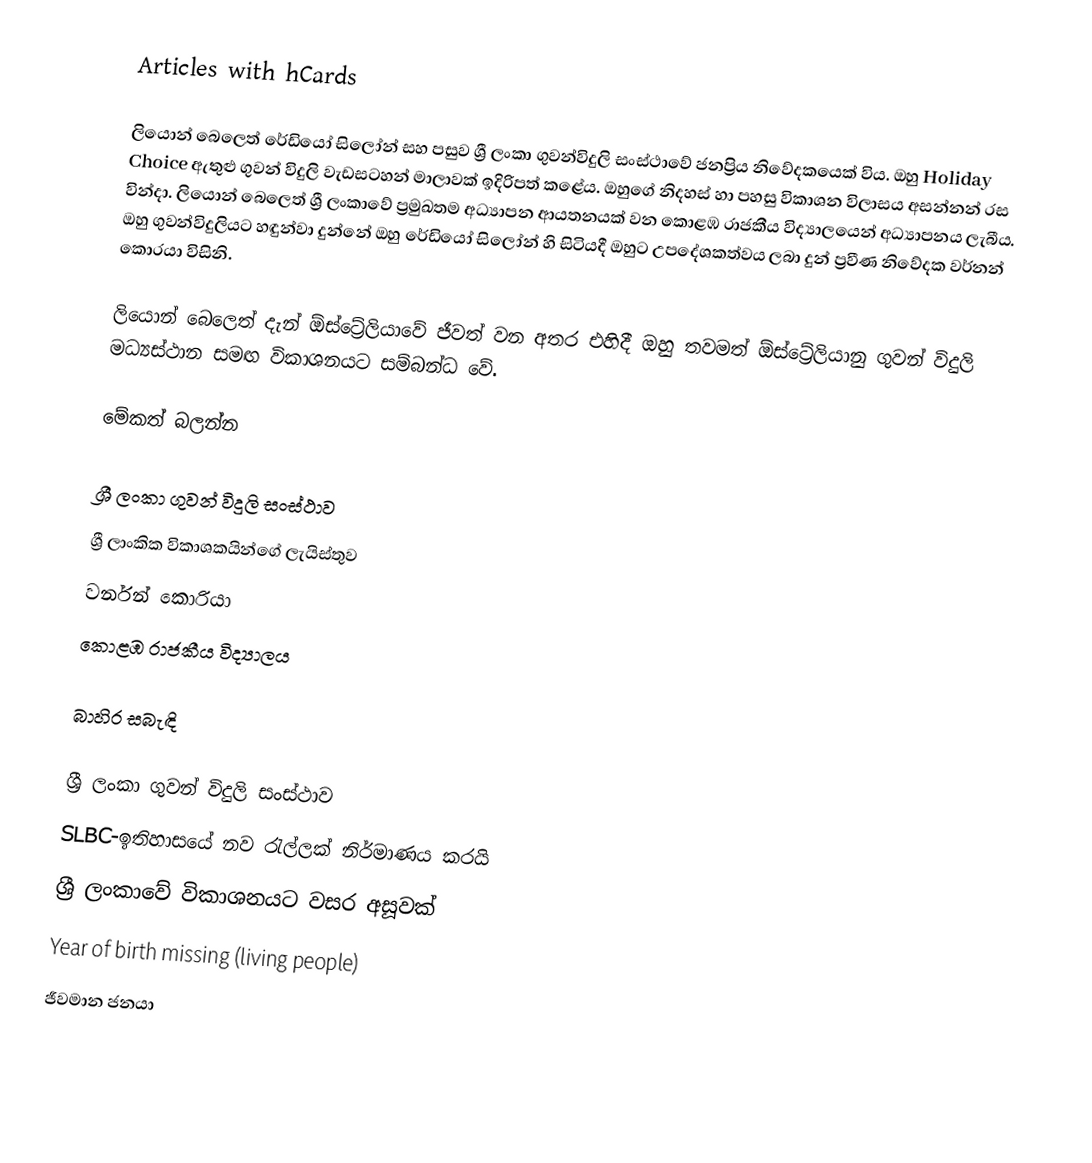
Articles with hCards

ලියොන් බෙලෙත් රේඩියෝ සිලෝන් සහ පසුව ශ්‍රී ලංකා ගුවන්විදුලි සංස්ථාවේ ජනප්‍රිය නිවේදකයෙක් විය. ඔහු Holiday Choice ඇතුළු ගුවන් විදුලි වැඩසටහන් මාලාවක් ඉදිරිපත් කළේය. ඔහුගේ නිදහස් හා පහසු විකාශන විලාසය අසන්නන් රස වින්දා. ලියොන් බෙලෙත් ශ්‍රී ලංකාවේ ප්‍රමුඛතම අධ්‍යාපන ආයතනයක් වන කොළඹ රාජකීය විද්‍යාලයෙන් අධ්‍යාපනය ලැබීය. ඔහු ගුවන්විදුලියට හඳුන්වා දුන්නේ ඔහු රේඩියෝ සිලෝන් හි සිටියදී ඔහුට උපදේශකත්වය ලබා දුන් ප්‍රවීණ නිවේදක වර්නන් කොරයා විසිනි.

ලියොන් බෙලෙත් දැන් ඕස්ට්‍රේලියාවේ ජීවත් වන අතර එහිදී ඔහු තවමත් ඕස්ට්‍රේලියානු ගුවන් විදුලි මධ්‍යස්ථාන සමඟ විකාශනයට සම්බන්ධ වේ.

මේකත් බලන්න

 ශ්‍රී ලංකා ගුවන් විදුලි සංස්ථාව
 ශ්‍රී ලාංකික විකාශකයින්ගේ ලැයිස්තුව
 වර්නන් කොරියා
 කොළඹ රාජකීය විද්‍යාලය

බාහිර සබැඳි

 ශ්‍රී ලංකා ගුවන් විදුලි සංස්ථාව
 SLBC-ඉතිහාසයේ නව රැල්ලක් නිර්මාණය කරයි
 ශ්‍රී ලංකාවේ විකාශනයට වසර අසූවක්
Year of birth missing (living people)
ජීවමාන ජනයා